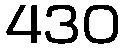
430